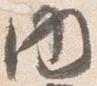
内